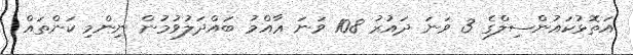
އަތޮޅުކައުންސިލްގެ 3 ވަނަ ދައުރު 108 ވަނަ ޢާއްމު ބައްދަލުވުމުން ނިންމި ކަންތައް